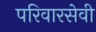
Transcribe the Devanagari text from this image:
परिवारसेवी